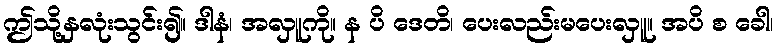
ဤသို့နှလုံးသွင်း၍။ ဒါနံ၊ အလှူကို။ န ပိ ဒေတိ၊ ပေးလည်းမပေးလှူ။ အပိ စ ခေါ၊